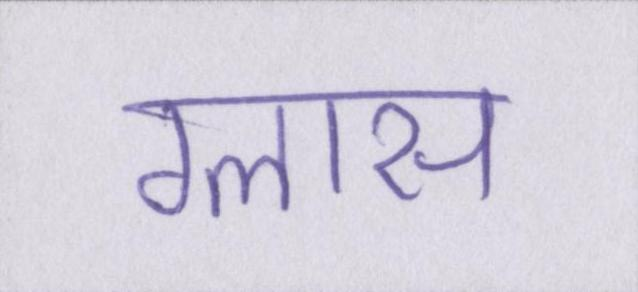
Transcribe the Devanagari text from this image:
ग्लास